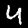
Label: 4